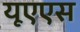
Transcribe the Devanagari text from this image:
यूएएस